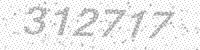
Solution: 312717